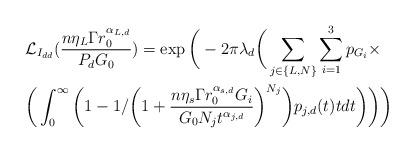
LaTeX: \begin{align*}&\mathcal{L}_{I_{dd}}(\frac{n \eta_L \Gamma r_0^{\alpha_{L,d}}}{P_{d}G_0})=\exp\bigg(-2\pi\lambda_d \bigg (\sum_{j \in \{L,N\}} \sum_{i=1}^3 p_{G_i} \times \\&\bigg(\int_0^{\infty}\bigg(1-1/\bigg(1+\frac{n \eta_s \Gamma r_0^{\alpha_{s,d}}G_i}{G_0N_jt^{\alpha_{j,d}}}\bigg)^{N_j}\bigg)p_{j,d}(t) tdt\bigg)\bigg)\bigg)\end{align*}